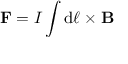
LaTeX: \mathbf { F } = I \int \mathrm { d } { \boldsymbol { \ell } } \times \mathbf { B }